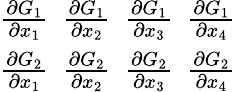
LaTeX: \begin{array}{r}{\frac{\partial G_{1}}{\partial x_{1}}\ \ \frac{\partial G_{1}}{\partial x_{2}}\ \ \frac{\partial G_{1}}{\partial x_{3}}\ \ \frac{\partial G_{1}}{\partial x_{4}}}\\ {\frac{\partial G_{2}}{\partial x_{1}}\ \ \frac{\partial G_{2}}{\partial x_{2}}\ \ \frac{\partial G_{2}}{\partial x_{3}}\ \ \frac{\partial G_{2}}{\partial x_{4}}}\end{array}